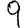
Digit: 9